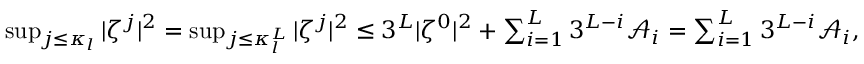
\begin{array} { r } { \operatorname* { s u p } _ { j \leq \kappa _ { l } } | \zeta ^ { j } | ^ { 2 } = \operatorname* { s u p } _ { j \leq \kappa _ { l } ^ { L } } | \zeta ^ { j } | ^ { 2 } \leq 3 ^ { L } | \zeta ^ { 0 } | ^ { 2 } + \sum _ { i = 1 } ^ { L } 3 ^ { L - i } \mathcal { A } _ { i } = \sum _ { i = 1 } ^ { L } 3 ^ { L - i } \mathcal { A } _ { i } , } \end{array}